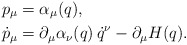
\begin{align*}p_\mu &= \alpha_\mu(q), \\\dot p_\mu &= \partial_\mu \alpha_\nu (q) \, \dot q^\nu - \partial_\mu H(q).\end{align*}